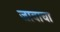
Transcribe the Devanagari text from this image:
जावाचा